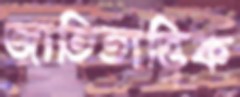
জাতিতাত্ত্বিক